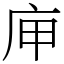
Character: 庘